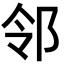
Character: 邻